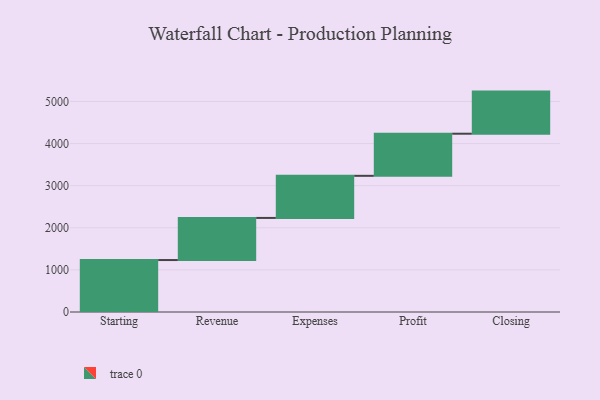
{"axis": {"x": "Step", "y": "Value"}, "legend": [""], "data": [{"x": "Starting", "y": 1234.0, "type": ""}, {"x": "Revenue", "y": 1000, "type": ""}, {"x": "Expenses", "y": 1000, "type": ""}, {"x": "Profit", "y": 1000, "type": ""}, {"x": "Closing", "y": 1000, "type": ""}]}